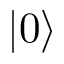
| 0 \rangle